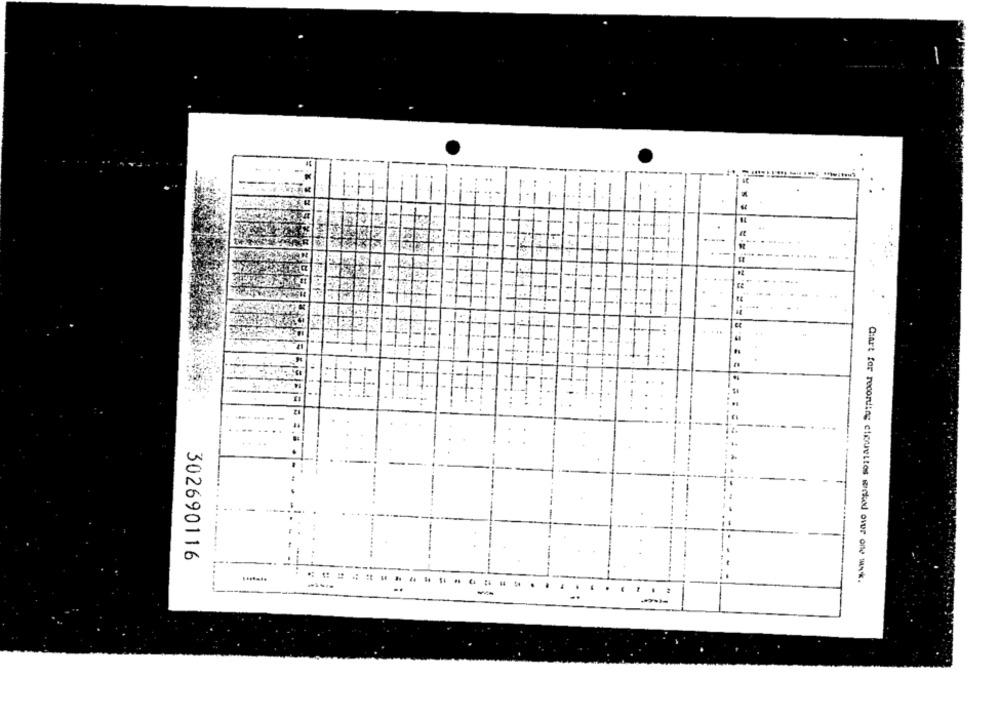
-
Hti
302690116
----
Chart for recording ctorettos wicked over one ws *.